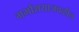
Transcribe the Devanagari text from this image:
गर्भाशयाजवळील